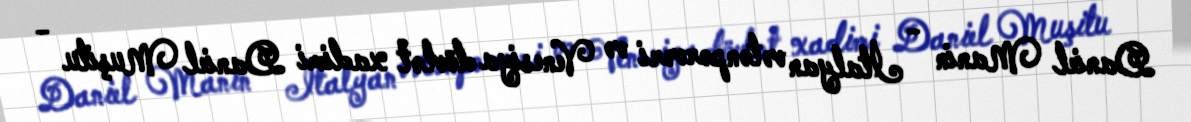
Daniel Manin - İtalyan vətənpərvəri və Venesiya dövlət xadimi Daniel Muşitu -